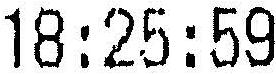
18:25:59